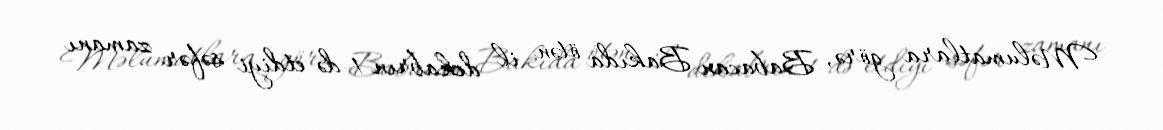
Məlumatlara görə, Babacan Bakıda ötən il dekabrın 1-də etdiyi səfər zamanı